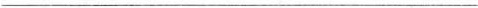
___